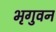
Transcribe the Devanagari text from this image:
भृगुवन